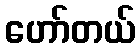
ဟော်တယ်